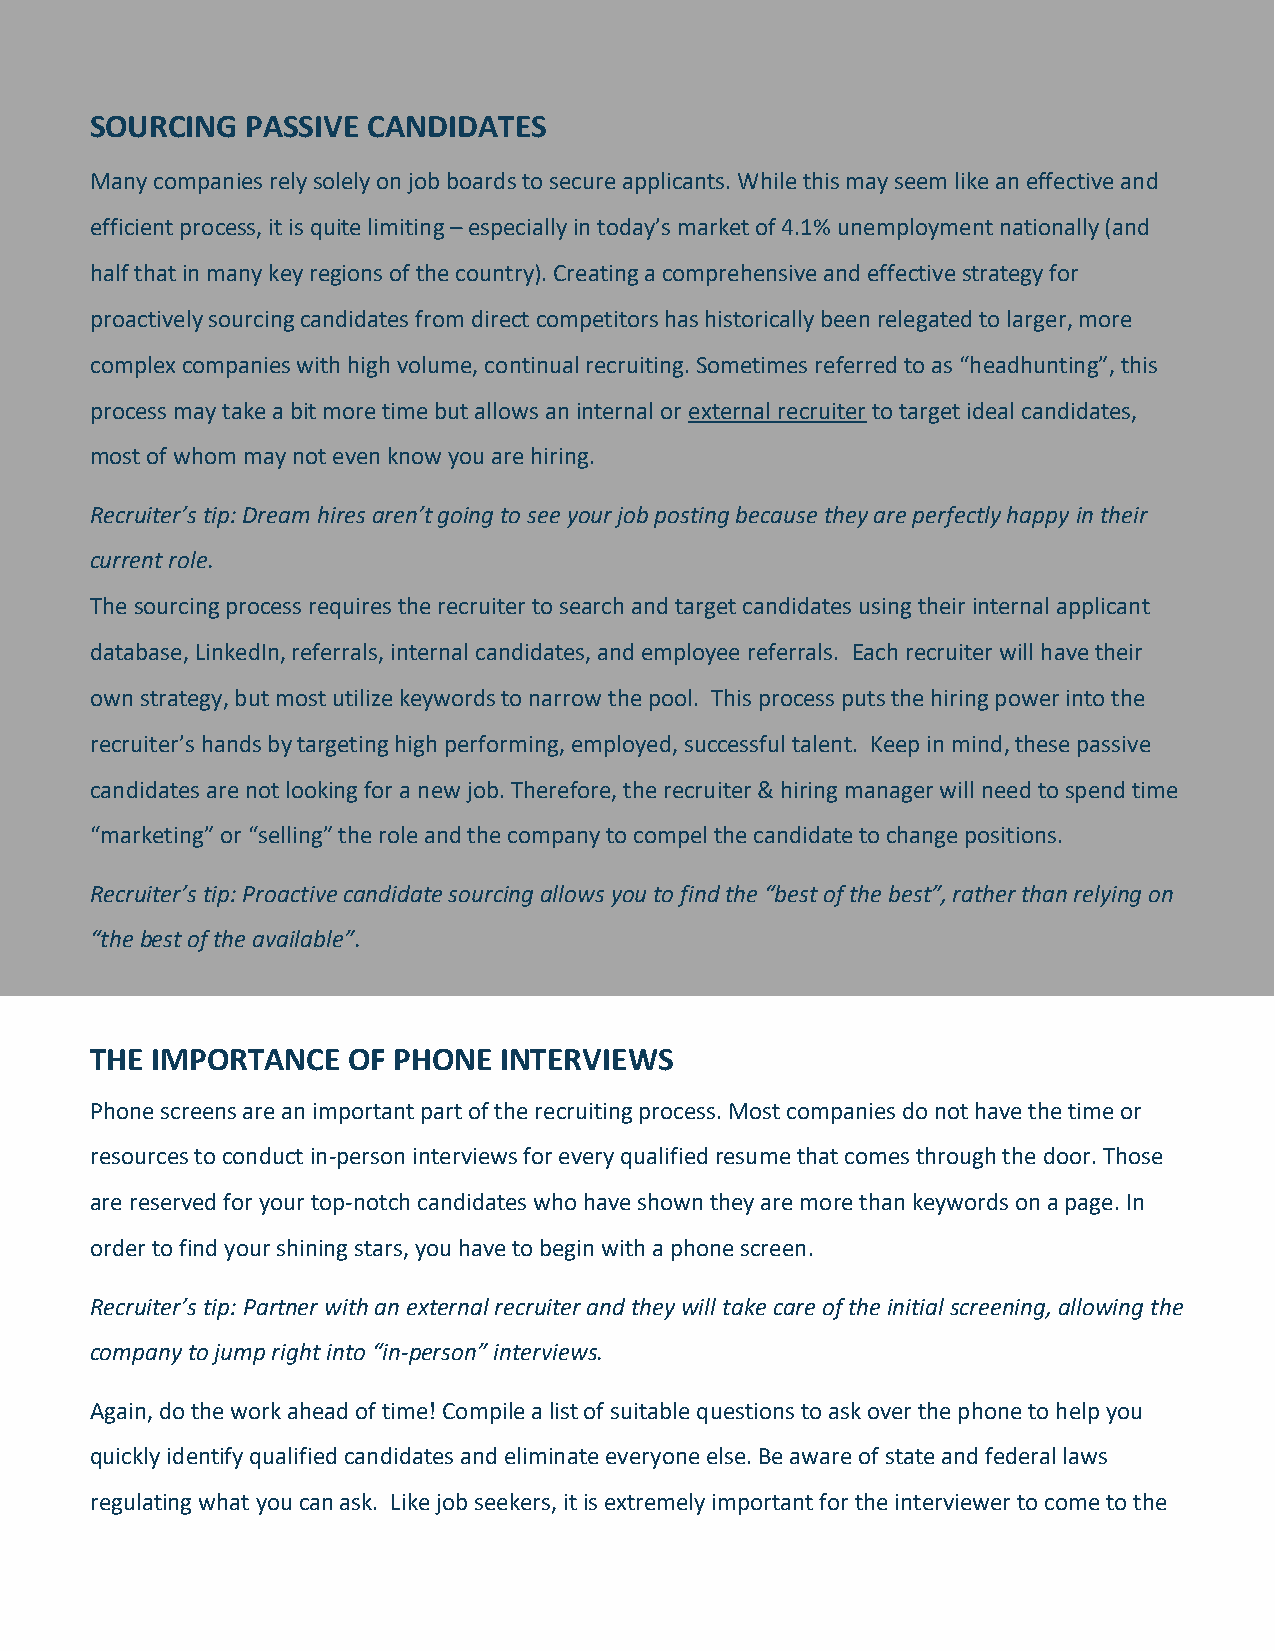
SOURCING  PASSIVE CANDIDATES
 Many companies rely solely on job boards to secure applicants. While this may seem like an effective and
 efficient process, it is quite limiting – especially in today’s market of 4.1% unemployment nationally (and
 half that in many key regions of the country). Creating a comprehensive and effective strategy for
 proactively sourcing candidates from direct competitors has historically been relegated to larger, more
 complex companies with high volume, continual recruiting. Sometimes referred to as “headhunting”, this
 process may take a bit more time but allows an internal or external recruiter to target ideal candidates,
 most of whom may not even know you are hiring.
 Recruiter’s tip: Dream hires aren’t going to see your job posting because they are perfectly happy in their
 current role.
 The sourcing process requires the recruiter to search and target candidates using their internal applicant
 database, LinkedIn, referrals, internal candidates, and employee referrals. Each recruiter will have their
 own strategy, but most utilize keywords to narrow the pool. This process puts the hiring power into the
 recruiter’s hands by targeting high performing, employed, successful talent. Keep in mind, these passive
 candidates are not looking for a new job. Therefore, the recruiter & hiring manager will need to spend time
 “marketing” or “selling” the role and the company to compel the candidate to change positions.
 Recruiter’s tip: Proactive candidate sourcing allows you to find the “best of the best”, rather than relying on
 “the best of the available”.
 THE IMPORTANCE   OF PHONE  INTERVIEWS
 Phone screens are an important part of the recruiting process. Most companies do not have the time or
 resources to conduct in-person interviews for every qualified resume that comes through the door. Those
 are reserved for your top-notch candidates who have shown they are more than keywords on a page. In
 order to find your shining stars, you have to begin with a phone screen.
 Recruiter’s tip: Partner with an external recruiter and they will take care of the initial screening, allowing the
 company to jump right into “in-person” interviews.
 Again, do the work ahead of time! Compile a list of suitable questions to ask over the phone to help you
 quickly identify qualified candidates and eliminate everyone else. Be aware of state and federal laws
 regulating what you can ask. Like job seekers, it is extremely important for the interviewer to come to the